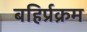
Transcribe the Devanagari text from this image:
बहिर्प्रक्रम